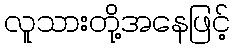
လူသားတို့အနေဖြင့်